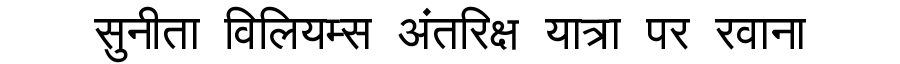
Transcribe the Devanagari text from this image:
सुनीता विलियम्स अंतरिक्ष यात्रा पर रवाना